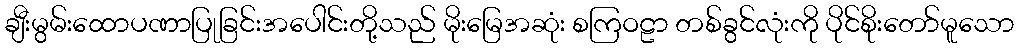
ချီးမွမ်းထောပဏာပြုခြင်းအပေါင်းတို့သည် မိုးမြေအဆုံး စကြဝဠာ တစ်ခွင်လုံးကို ပိုင်စိုးတော်မူသော